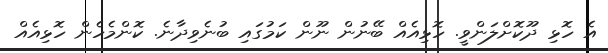
އެ ހޮޅި ދޫކޮށްލަންވީ. ހޮޅިއެއް ބޭނުން ނޫން ކަމުގައި ބުނެވިދާނެ. ކޮންމެހެން ހޮޅިއެއް